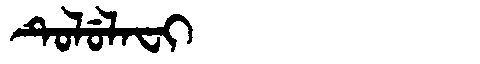
Manchu: ᡨᡠᠯᡠᠯᠠᠸᡳ
Romanization: TULULAFI